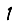
Digit: 1